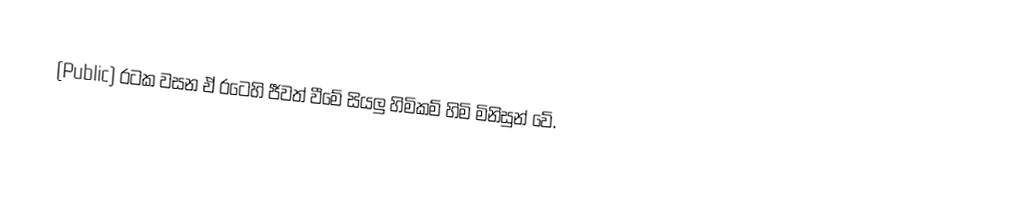
(Public) රටක වසන ඒ රටෙහි ජීවත් වීමේ සියලු හිමිකම් හිමි මිනිසුන් වේ.